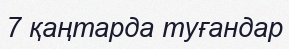
7 қаңтарда туғандар